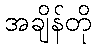
အချိန်တို